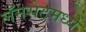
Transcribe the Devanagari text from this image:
लॅनसेटमध्ये